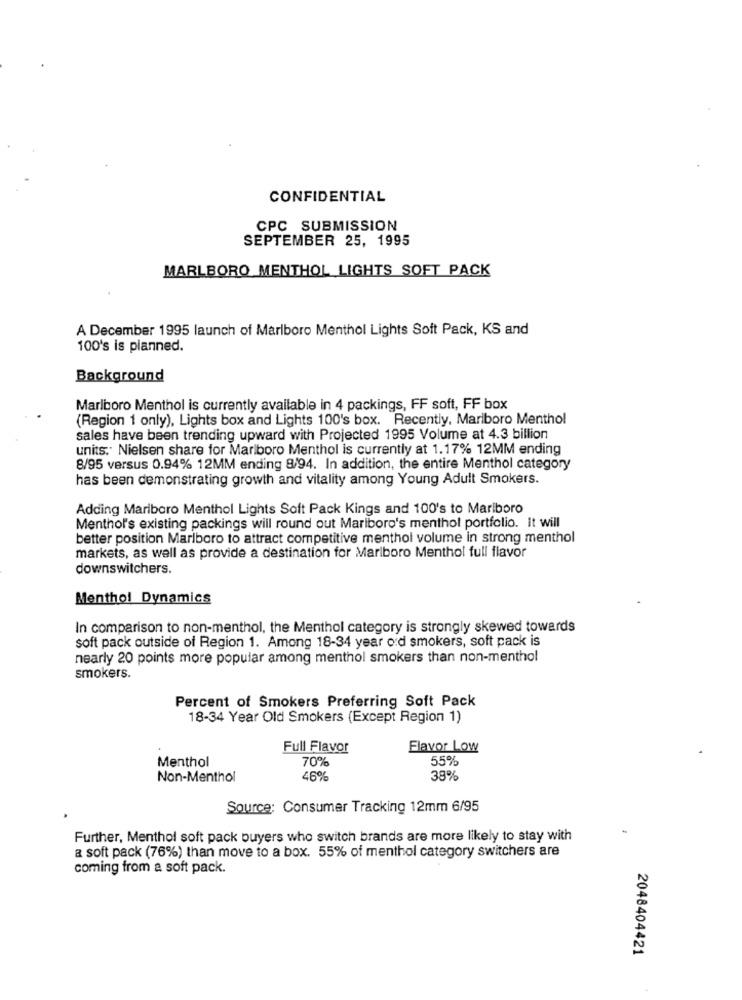
CONFIDENTIAL
CPC SUBMISSION
SEPTEMBER 25, 1995
MARLBORO MENTHOL LIGHTS SOFT PACK
A December 1995 launch of Marlboro Menthol Lights Soft Pack, KS and
100's is planned.
Background
Marlboro Menthol is currently available in 4 packings, FF soft, FF box
(Region 1 only), Lights box and Lights 100's box. Recently, Mariboro Menthol
sales have been trending upward with Projected 1995 Volume at 4.3 billion
units. Nielsen share for Marlboro Menthol is currently at 1.17% 12MM ending
8/95 versus 0.94% 12MM ending 8/94. In addition, the entire Menthol category
has been demonstrating growth and vitality among Young Adult Smokers.
Adding Marlboro Menthol Lights Soft Pack Kings and 100's to Mariboro
Menthol's existing packings will round out Mariboro's menthol portfolio. It will
better position Marlboro to attract competitive menthol volume in strong menthol
markets, as well as provide a destination for Marlboro Menthol full flavor
downswitchers.
Menthol Dynamics
In comparison to non-menthol, the Menthol category is strongly skewed towards
soft pack outside of Region 1. Among 18-34 year o:d smokers, soft pack is
nearly 20 points more popular among menthol smokers than non-menthol
smokers.
Percent of Smokers Preferring Soft Pack
18-34 Year Old Smokers (Except Region 1)
Full Flavor
Flavor Low
Menthol
70%
55%
Non-Menthol
46%
38%
Source: Consumer Tracking 12mm 6/95
Further, Menthol soft pack buyers who switch brands are more likely to stay with
a soft pack (76%) than move to a box. 55% of menthol category switchers are
coming from a soft pack.
2048404421